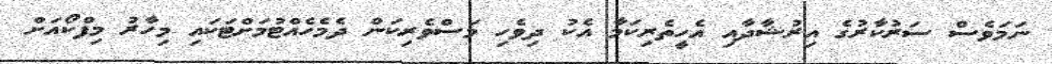
ނަމަވެސް ސަރުކާރުގެ އިރުޝާދާއި އެހީތެރިކަމާ އެކު ދިވެހި މަސްވެރިކަން ދެމެހެއްޓުމަށްޓަކައި މިހާރު މިފްކޯއަށް